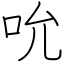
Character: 吮